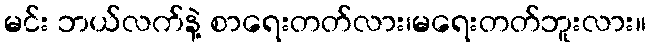
မင်း ဘယ်လက်နဲ့ စာရေးတတ်လား၊မရေးတတ်ဘူးလား။